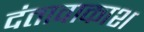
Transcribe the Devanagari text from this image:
दंतावाकाश